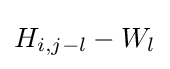
H_{i,j-l}-W_{l}